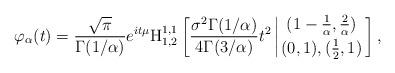
LaTeX: \begin{align*}\varphi_{\alpha}(t)=\frac{\sqrt{\pi}}{\Gamma(1/\alpha)}&e^{it\mu}{\rm{H}}_{1,2}^{1,1}\left[\frac{\sigma^2\Gamma(1/\alpha)}{4\Gamma(3/\alpha)}t^2\left|\genfrac{}{}{0pt}{}{(1-\frac{1}{\alpha},\frac{2}{\alpha})}{(0,1),(\frac{1}{2},1)}\right.\right],\end{align*}